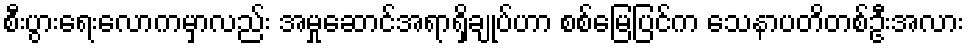
စီးပွားရေးလောကမှာလည်း အမှုဆောင်အရာရှိချုပ်ဟာ စစ်မြေပြင်က သေနာပတိတစ်ဦးအလား